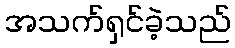
အသက်ရှင်ခဲ့သည်